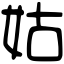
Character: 姑